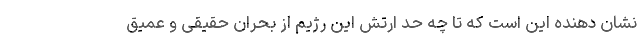
نشان دهنده این است که تا چه حد ارتش این رژیم از بحران حقیقی و عمیق